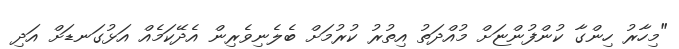
"މިހާރު ހިންގާ ކުންފުންޏަށް މުއްދަތު އިތުރު ކުރުމަށް ބެލެނިވެރިން އެދޭކަމެއް އަޅުގަނޑަށް އަދި